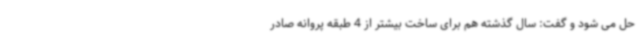
حل می شود و گفت: سال گذشته هم برای ساخت بیشتر از 4 طبقه پروانه صادر